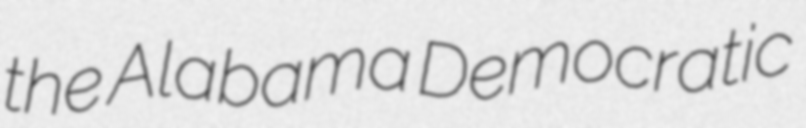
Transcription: the Alabama Democratic